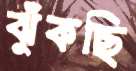
ঝুঁকছি